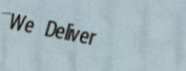
We Deliver